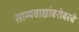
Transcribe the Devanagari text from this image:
साम्यवाद्यांबरोबरचे